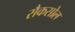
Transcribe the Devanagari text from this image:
सैकसोल